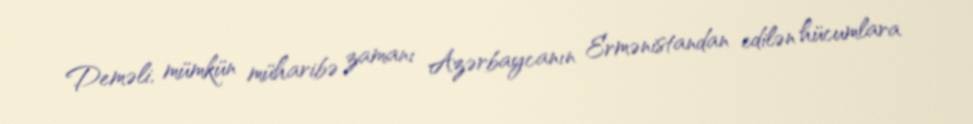
Deməli, mümkün müharibə zamanı Azərbaycanın Ermənistandan edilən hücumlara